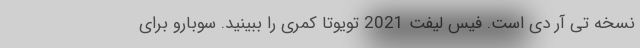
نسخه تی آر دی است. فیس لیفت 2021 تویوتا کمری را ببینید. سوبارو برای